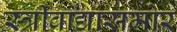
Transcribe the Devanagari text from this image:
स्त्रीवाद्यांसमोर